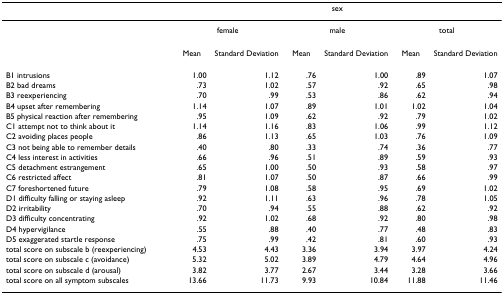
<table><thead><tr><td></td><td colspan="6"><b>sex</b></td></tr></thead><tbody><tr><td></td><td colspan="2">female</td><td colspan="2">male</td><td colspan="2">total</td></tr><tr><td></td><td>Mean</td><td>Standard Deviation</td><td>Mean</td><td>Standard Deviation</td><td>Mean</td><td>Standard Deviation</td></tr><tr><td>B1 intrusions</td><td>1.00</td><td>1.12</td><td>.76</td><td>1.00</td><td>.89</td><td>1.07</td></tr><tr><td>B2 bad dreams</td><td>.73</td><td>1.02</td><td>.57</td><td>.92</td><td>.65</td><td>.98</td></tr><tr><td>B3 reexperiencing</td><td>.70</td><td>.99</td><td>.53</td><td>.86</td><td>.62</td><td>.94</td></tr><tr><td>B4 upset after remembering</td><td>1.14</td><td>1.07</td><td>.89</td><td>1.01</td><td>1.02</td><td>1.04</td></tr><tr><td>B5 physical reaction after remembering</td><td>.95</td><td>1.09</td><td>.62</td><td>.92</td><td>.79</td><td>1.02</td></tr><tr><td>C1 attempt not to think about it</td><td>1.14</td><td>1.16</td><td>.83</td><td>1.06</td><td>.99</td><td>1.12</td></tr><tr><td>C2 avoiding places people</td><td>.86</td><td>1.13</td><td>.65</td><td>1.03</td><td>.76</td><td>1.09</td></tr><tr><td>C3 not being able to remember details</td><td>.40</td><td>.80</td><td>.33</td><td>.74</td><td>.36</td><td>.77</td></tr><tr><td>C4 less interest in activities</td><td>.66</td><td>.96</td><td>.51</td><td>.89</td><td>.59</td><td>.93</td></tr><tr><td>C5 detachment estrangement</td><td>.65</td><td>1.00</td><td>.50</td><td>.93</td><td>.58</td><td>.97</td></tr><tr><td>C6 restricted affect</td><td>.81</td><td>1.07</td><td>.50</td><td>.87</td><td>.66</td><td>.99</td></tr><tr><td>C7 foreshortened future</td><td>.79</td><td>1.08</td><td>.58</td><td>.95</td><td>.69</td><td>1.02</td></tr><tr><td>D1 difficulty falling or staying asleep</td><td>.92</td><td>1.11</td><td>.63</td><td>.96</td><td>.78</td><td>1.05</td></tr><tr><td>D2 irritability</td><td>.70</td><td>.94</td><td>.55</td><td>.88</td><td>.62</td><td>.92</td></tr><tr><td>D3 difficulty concentrating</td><td>.92</td><td>1.02</td><td>.68</td><td>.92</td><td>.80</td><td>.98</td></tr><tr><td>D4 hypervigilance</td><td>.55</td><td>.88</td><td>.40</td><td>.77</td><td>.48</td><td>.83</td></tr><tr><td>D5 exaggerated startle response</td><td>.75</td><td>.99</td><td>.42</td><td>.81</td><td>.60</td><td>.93</td></tr><tr><td>total score on subscale b (reexperiencing)</td><td>4.53</td><td>4.43</td><td>3.36</td><td>3.94</td><td>3.97</td><td>4.24</td></tr><tr><td>total score on subscale c (avoidance)</td><td>5.32</td><td>5.02</td><td>3.89</td><td>4.79</td><td>4.64</td><td>4.96</td></tr><tr><td>total score on subscale d (arousal)</td><td>3.82</td><td>3.77</td><td>2.67</td><td>3.44</td><td>3.28</td><td>3.66</td></tr><tr><td>total score on all symptom subscales</td><td>13.66</td><td>11.73</td><td>9.93</td><td>10.84</td><td>11.88</td><td>11.46</td></tr></tbody></table>